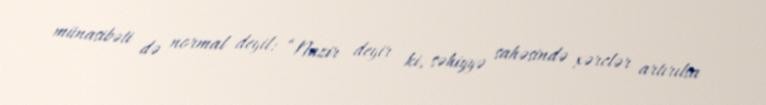
münasibəti də normal deyil: “Nazir deyir ki, səhiyyə sahəsində xərclər artırılsa